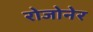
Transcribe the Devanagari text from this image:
रोजोनेर